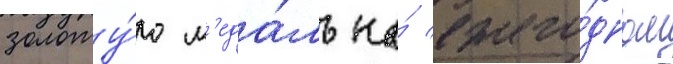
золоту́ю м'еда́ль на́ ежего́дном